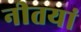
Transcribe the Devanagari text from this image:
नीतयां